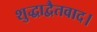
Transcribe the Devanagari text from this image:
शुद्धाद्वैतवाद।